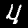
Label: 4